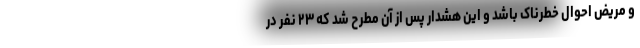
و مریض احوال خطرناک باشد و این هشدار پس از آن مطرح شد که ۲۳ نفر در